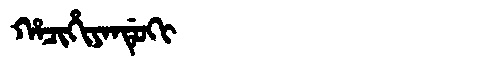
Manchu: ᡥᠠᠴᡳᡥᡳᠶᠠᠨᡩᡠᡴᡳ
Romanization: HACIHIYANDUKI